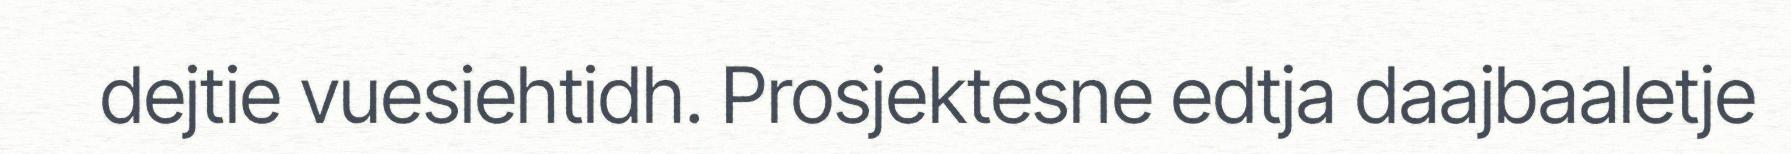
dejtie vuesiehtidh. Prosjektesne edtja daajbaaletje